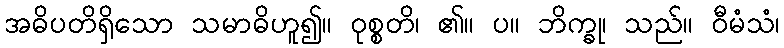
အဓိပတိရှိသော သမာဓိဟူ၍။ ဝုစ္စတိ၊ ၏။ ပ။ ဘိက္ခု၊ သည်။ ဝီမံသံ၊